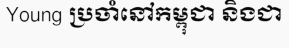
Young ប្រចាំនៅកម្ពុជា និងជា